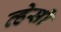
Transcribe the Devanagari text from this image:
व्हेसी